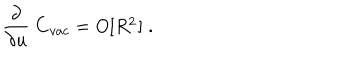
\frac { \partial } { \partial u } \: { \bf C } _ { v a c } = O [ R _ { . . } ^ { 2 } ] \; .